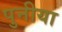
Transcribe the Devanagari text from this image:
पुनीया